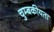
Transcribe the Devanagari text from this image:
चुम्बकीयता